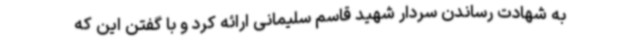
به شهادت رساندن سردار شهید قاسم سلیمانی ارائه کرد و با گفتن این که